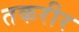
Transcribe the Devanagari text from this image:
तकरीर